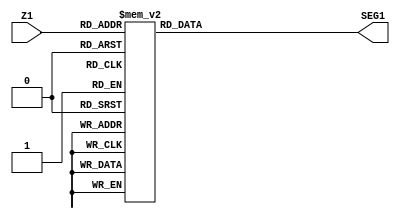
module DecoderBS1  (Z1, SEG1);
 input [3:0] Z1;
 output reg [6:0] SEG1;
 
parameter [6:0] cero   = 7'b1000000;
					 parameter [6:0] uno    = 7'b1111001;
					 parameter [6:0] dos    = 7'b0100100;
					 parameter [6:0] tres   = 7'b0110000;
					 parameter [6:0] cuatro = 7'b0011001;
					 parameter [6:0] cinco  = 7'b0010010;
					 parameter [6:0] seis   = 7'b0000010;
					 parameter [6:0] siete  = 7'b1111000;
					 parameter [6:0] ocho   = 7'b0000000;
					 parameter [6:0] nueve  = 7'b0010000;
					 parameter [6:0] A      = 7'b0001000;
					 parameter [6:0] B      = 7'b0000011;
					 parameter [6:0] C      = 7'b1000110;
					 parameter [6:0] D      = 7'b0100001;
					 parameter [6:0] E      = 7'b0000110;
					 parameter [6:0] F      = 7'b0001110;
					 
					always @ (Z1)
					 begin
					  case(Z1)
						0: SEG1 = cero;
						 1: SEG1 = uno;
						 2: SEG1 = dos;
						 3: SEG1 = tres;
						 4: SEG1 = cuatro;
						 5: SEG1 = cinco;
						  6: SEG1 = seis;
						  7: SEG1 = siete;
						  8: SEG1 = ocho;
						  9: SEG1 = nueve;
						  10: SEG1 = A;
						  11: SEG1 = B;
						  12: SEG1 = C;
						  13: SEG1 = D;
						  14: SEG1 = E;
						  15: SEG1 = F;
						endcase
 end
 
endmodule